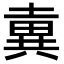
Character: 𡐢